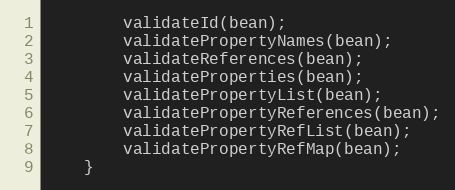
Language: Java
        validateId(bean);
        validatePropertyNames(bean);
        validateReferences(bean);
        validateProperties(bean);
        validatePropertyList(bean);
        validatePropertyReferences(bean);
        validatePropertyRefList(bean);
        validatePropertyRefMap(bean);
    }